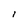
Character: 1